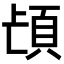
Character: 𮨁